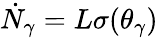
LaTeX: \dot{N}_{\gamma}=L\sigma(\theta_{\gamma})